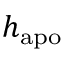
h _ { \mathrm { a p o } }